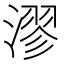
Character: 漻